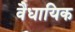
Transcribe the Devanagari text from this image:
वैधायिक